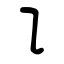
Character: ㇊